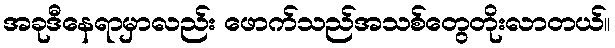
အခုဒီနေရာမှာလည်း ဖောက်သည်အသစ်တွေတိုးလာတယ်။